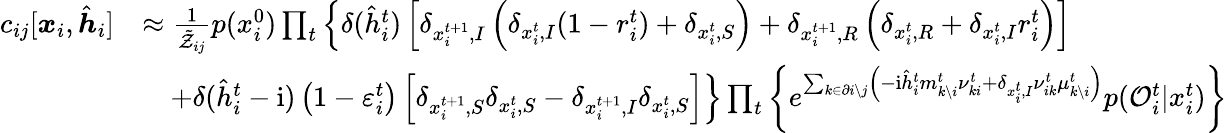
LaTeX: \begin{array}{rl}{c_{ij}[\boldsymbol{x}_{i},\hat{\boldsymbol{h}}_{i}]}&{\approx\frac{1}{\tilde{\mathcal{Z}}_{ij}}p(x_{i}^{0})\prod_{t}\left\{ \delta(\hat{h}_{i}^{t})\left[\delta_{x_{i}^{t+1},I}\left(\delta_{x_{i}^{t},I}(1-r_{i}^{t})+\delta_{x_{i}^{t},S}\right)+\delta_{x_{i}^{t+1},R}\left(\delta_{x_{i}^{t},R}+\delta_{x_{i}^{t},I}r_{i}^{t}\right)\right]\right.}\\ &{\quad\left.+\delta(\hat{h}_{i}^{t}-\mathrm{i})\left(1-\varepsilon_{i}^{t}\right)\left[\delta_{x_{i}^{t+1},S}\delta_{x_{i}^{t},S}-\delta_{x_{i}^{t+1},I}\delta_{x_{i}^{t},S}\right]\right\} \prod_{t}\left\{ e^{\sum_{k\in\partial i\setminus j}\left(-\mathrm{i}\hat{h}_{i}^{t}m_{k\setminus i}^{t}\nu_{ki}^{t}+\delta_{x_{i}^{t},I}\nu_{ik}^{t}\mu_{k\setminus i}^{t}\right)}p(\mathcal{O}_{i}^{t}|x_{i}^{t})\right\} }\end{array}